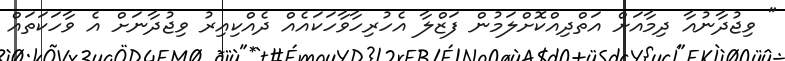
" ވިޖުދާނުއާ ދިމާއަށް އަތްދިއްކޮށްލަމުން ފަޒްލާ އެހުރިހާވާހަކައެއް ދެއްކިއިރު ވިޖުދާނަށް އެ ވާހަކަތައް